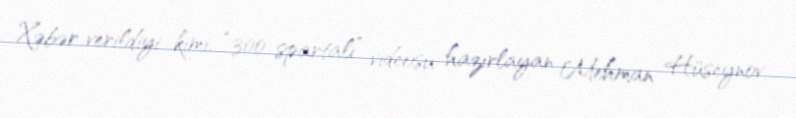
Xəbər verildiyi kimi, “300 spartalı” videosu hazırlayan Mehman Hüseynov